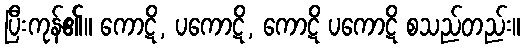
ပြီးကုန်၏။ ကောဋိ, ပကောဋိ, ကောဋိ ပကောဋိ စသည်တည်း။